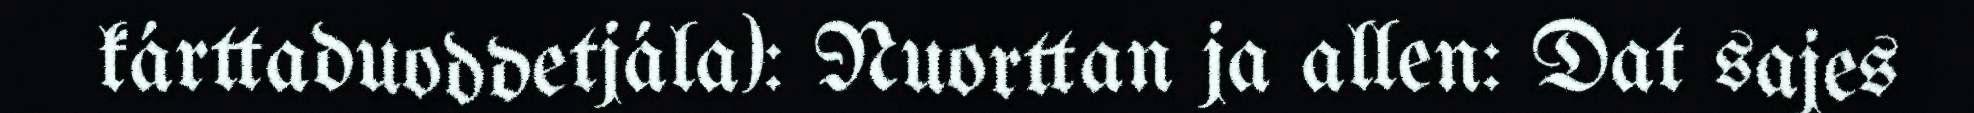
kárttaduoddetjála): Nuorttan ja allen: Dat sajes